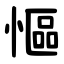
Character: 慪